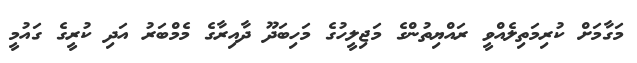
މަގާމަށް ކުރިމަތިލެއްވީ ރައްޔިތުންގެ މަޖިލީހުގެ މަހިބަދޫ ދާއިރާގެ މެމްބަރު އަދި ކުރީގެ ގައުމީ